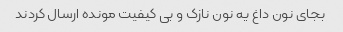
بجای نون داغ یه نون نازک و بی کیفیت مونده ارسال کردند